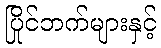
ပြိုင်ဘက်များနှင့်